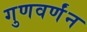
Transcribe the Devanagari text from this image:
गुणवर्णंन